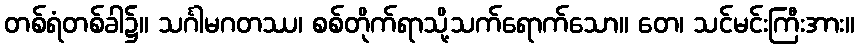
တစ်ရံတစ်ခါ၌။ သင်္ဂါမဂတဿ၊ စစ်တိုက်ရာသို့သက်ရောက်သော။ တေ၊ သင်မင်းကြီးအား။